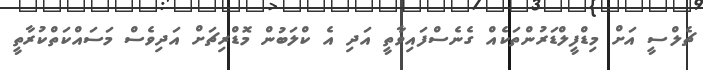
ޗެލްސީ އަށް މިޑްފީލްޑަރުންތަކެއް ގެނެސްފައިވާތީ އަދި އެ ކްލަބުން މޮޑްރިޗަށް އަދިވެސް މަސައްކަތްކުރާތީ